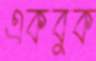
একবুক